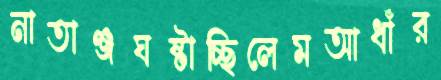
নাতাঞ্জঘষ্‌টাচ্ছিলেমআধাঁর